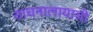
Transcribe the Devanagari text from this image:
वाचनालायाची